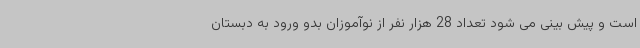
است و پیش بینی می شود تعداد 28 هزار نفر از نوآموزان بدو ورود به دبستان